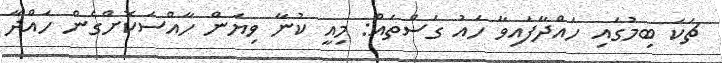
ޗަކަ ބިމުގައި ހައްދާފައިވާ ހައު ގަސްތައް: މިއީ ކުނާ ވިޔަން ހާއްސަކޮށްގެން ހައްދާ